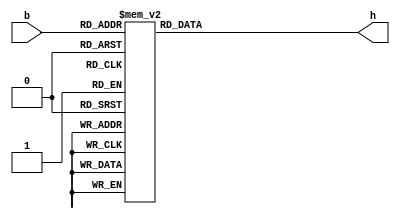
module bcd7seg(
	 input  [3:0] b,
	 output reg [6:0] h
	 );
	 always @(*)
	 begin
		case (b)
			4'b0000: h = 7'b1000000;
			4'b0001: h = 7'b1111001;
			4'b0010: h = 7'b0100100;
			4'b0011: h = 7'b0110000;
			4'b0100: h = 7'b0011001;
			4'b0101: h = 7'b0010010;
			4'b0110: h = 7'b0000010;
			4'b0111: h = 7'b1111000;
			4'b1000: h = 7'b0000000;
			4'b1001: h = 7'b0010000;//9
			4'b1010: h = 7'b0001000;
			4'b1011: h = 7'b0000011;
			4'b1100: h = 7'b1000110;
			4'b1101: h = 7'b0100001;
			4'b1110: h = 7'b0000110;
			4'b1111: h = 7'b0001110;
			default: h = 7'b1111111;
		endcase
	end
	
endmodule